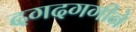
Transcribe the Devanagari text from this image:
दगदगगीने